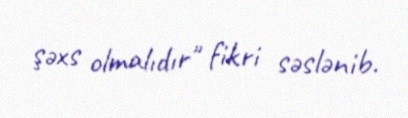
şəxs olmalıdır" fikri səslənib.